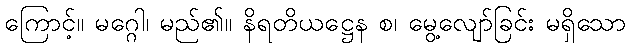
ကြောင့်။ မဂ္ဂေါ၊ မည်၏။ နိရတိယဋ္ဌေန စ၊ မွေ့လျော်ခြင်း မရှိသော